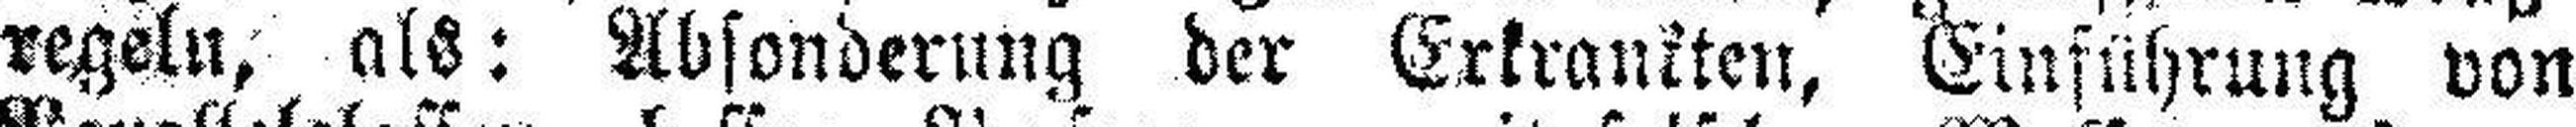
regeln, als Absonderung der Erkrankten, Einführung von